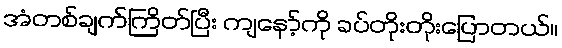
အံတစ်ချက်ကြိတ်ပြီး ကျနော့်ကို ခပ်တိုးတိုးပြောတယ်။